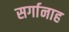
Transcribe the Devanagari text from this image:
सर्गानाह